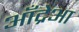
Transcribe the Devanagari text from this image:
आँद्रेआ